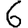
Digit: 6